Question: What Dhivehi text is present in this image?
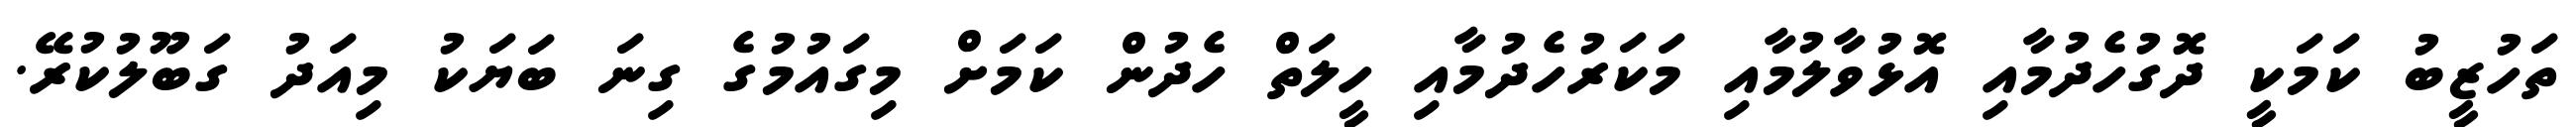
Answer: ތަހުޒީބު ކަމަކީ ދޮގުހެދުމާއި އޮޅުވާލުމާއި މަކަރުހެދުމާއި ހީލަތް ހެދުން ކަމަށް މިގައުމުގެ ގިނަ ބަޔަކު މިއަދު ގަބޫލުކުރޭ.